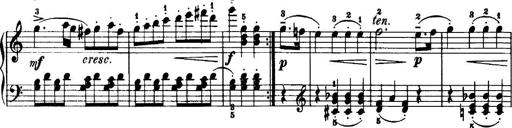
Title: 7 Sonatinas
Composer: Anton Diabelli